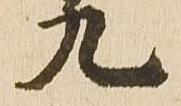
九